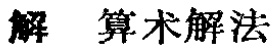
解 算术解法